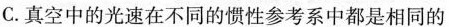
C.真空中的光速在不同的惯性参考系中都是相同的